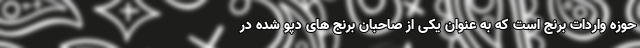
حوزه واردات برنج است که به عنوان یکی از صاحبان برنج های دپو شده در